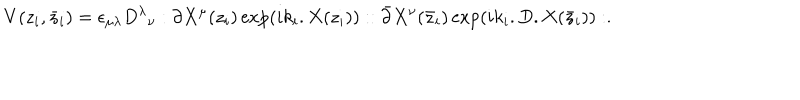
V ( z _ { i } , \bar { z } _ { i } ) = \epsilon _ { \mu \lambda } { D ^ { \lambda } } _ { \nu } : \partial X ^ { \mu } ( z _ { i } ) \exp ( i k _ { i } . X ( z _ { i } ) ) : : \bar { \partial } X ^ { \nu } ( \bar { z } _ { i } ) \exp ( i k _ { i } . D . X ( \bar { z } _ { i } ) ) : .